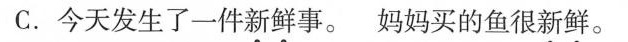
C.今天发生了一件新鲜事。妈妈买的鱼很新鲜。